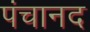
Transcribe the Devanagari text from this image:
पंचानद